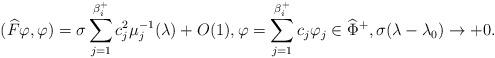
LaTeX: \begin{align*}(\widehat{F}\varphi,\varphi)=\sigma\sum_{j=1}^{\beta_i^+}c_j^2\mu_j^{-1}(\lambda)+O(1), \varphi=\sum_{j=1}^{\beta_i^+}c_j\varphi_j\in \widehat{\Phi}^+, \sigma(\lambda-\lambda_0)\to + 0.\end{align*}